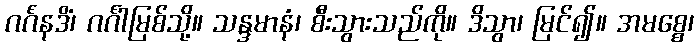
ဂင်္ဂံနဒိံ၊ ဂင်္ဂါမြစ်သို့။ သန္ဒမာနံ၊ စီးသွားသည်ကို။ ဒိသွာ၊ မြင်၍။ အမစ္စေ၊